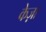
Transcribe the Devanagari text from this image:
केज़ा